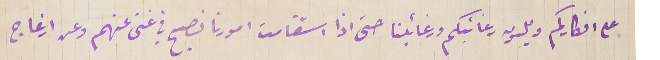
على افكاركم ويلبون رغائبكم ورغائبنا حتى اذا استقامت امورنا نصبح في غنى عنهم وعن ازعاج